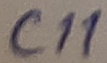
Text: C11